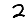
Digit: 2